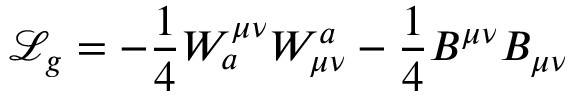
{ \mathcal { L } } _ { g } = - { \frac { 1 } { 4 } } W _ { a } ^ { \mu \nu } W _ { \mu \nu } ^ { a } - { \frac { 1 } { 4 } } B ^ { \mu \nu } B _ { \mu \nu }